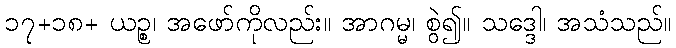
၁၇+၁၈+ ယဉ္စ၊ အဖော်ကိုလည်း။ အာဂမ္မ၊ စွဲ၍။ သဒ္ဒေါ၊ အသံသည်။